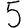
Digit: 5